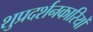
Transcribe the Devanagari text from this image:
शुप्रदर्शनकारियों